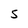
Character: S